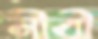
নীবী